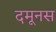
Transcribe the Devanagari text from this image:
दमूनस